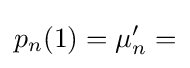
p_{n}(1)=\mu _{n}'=